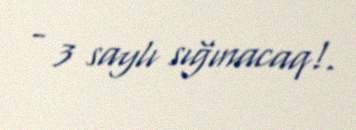
- 3 saylı sığınacaq!.